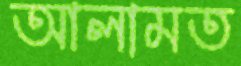
আলামত